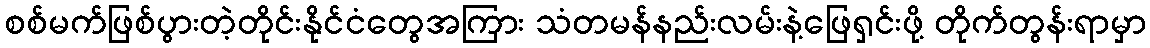
စစ်မက်ဖြစ်ပွားတဲ့တိုင်းနိုင်ငံတွေအကြား သံတမန်နည်းလမ်းနဲ့ဖြေရှင်းဖို့ တိုက်တွန်းရာမှာ